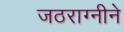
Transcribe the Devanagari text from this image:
जठराग्नीने